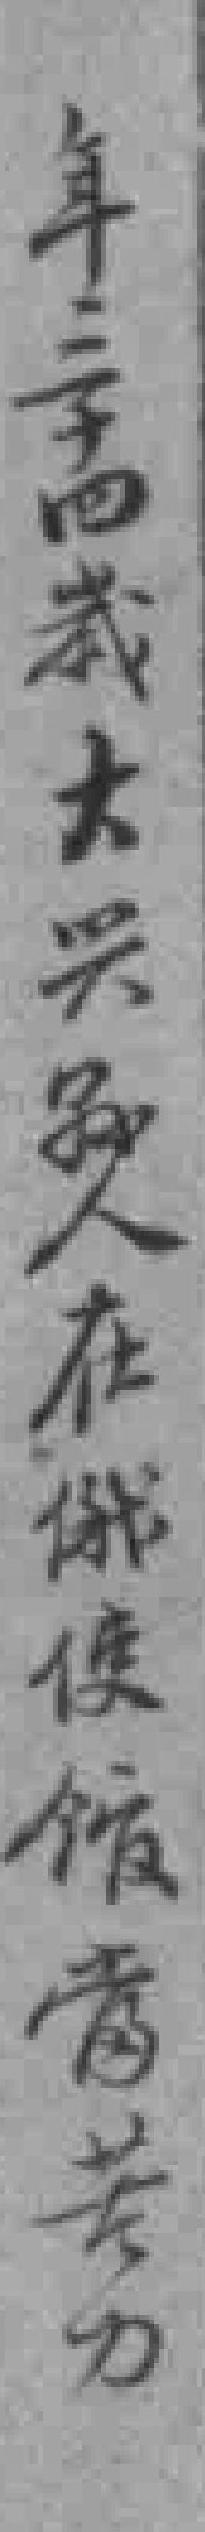
年二十四歲大兴縣人在俄使馆當苦力